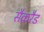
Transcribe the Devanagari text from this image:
सैकरैड